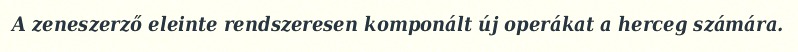
A zeneszerző eleinte rendszeresen komponált új operákat a herceg számára.